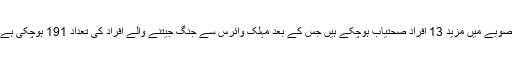
صوبے میں مزید 13 افراد صحتیاب ہوچکے ہیں جس کے بعد مہلک وائرس سے جنگ جیتنے والے افراد کی تعداد 191 ہوچکی ہے۔